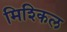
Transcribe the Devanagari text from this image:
मिश्किल